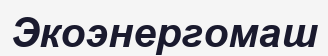
Экоэнергомаш